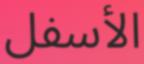
الأسفل